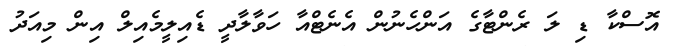
އޮސްކާ ޑި ލަ ރެންޓާގެ އަންހެނުން އެނެޓްއާ ހަވާލާދީ ޑެއިލީމެއިލް އިން މިއަދު